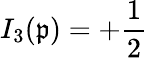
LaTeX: I_{3}(\mathfrak{p})=+{\frac{{1}}{{2}}}